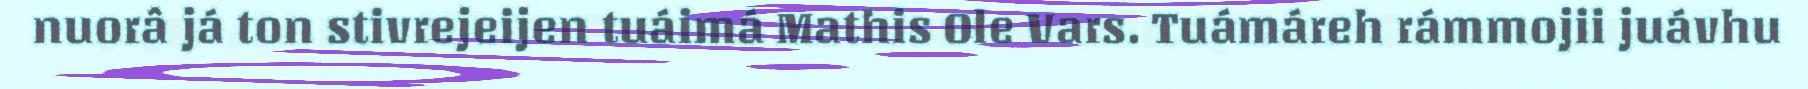
nuorâ já ton stivrejeijen tuáimá Mathis Ole Vars. Tuámáreh rámmojii juávhu